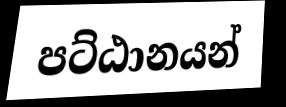
පට්ඨානයන්